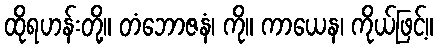
ထိုရဟန်းတို့။ တံဘောဇနံ၊ ကို။ ကာယေန၊ ကိုယ်ဖြင့်။